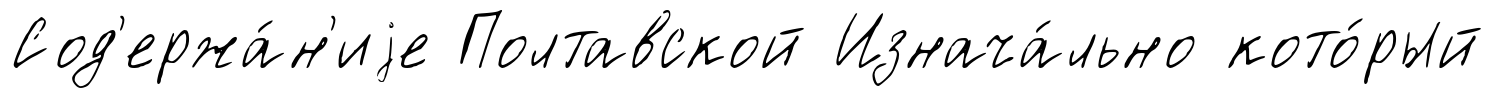
Сод'ержа́н'иjе Полтавской Изнача́льно кото́рый